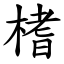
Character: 榰